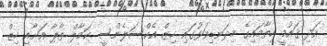
އަދި ޤައުމީ ހިތާމައިގެ މިދަނޑިވަޅުގައި ހިޒް އެކްސަލެންސީ ކަމާލް ތާޕާ އަށާއި ހިޒް